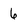
Character: 6